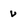
Character: v